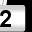
Digit: 2